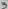
Text: 3